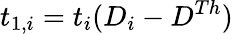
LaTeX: t_{1,i}=t_{i}(D_{i}-D^{Th})